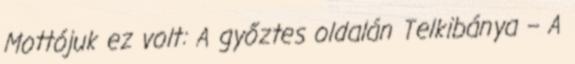
Mottójuk ez volt: A győztes oldalán Telkibánya – A